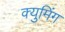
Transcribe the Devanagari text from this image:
क्युमिंग